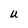
Character: U